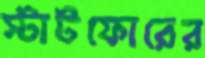
স্টাটফোরের